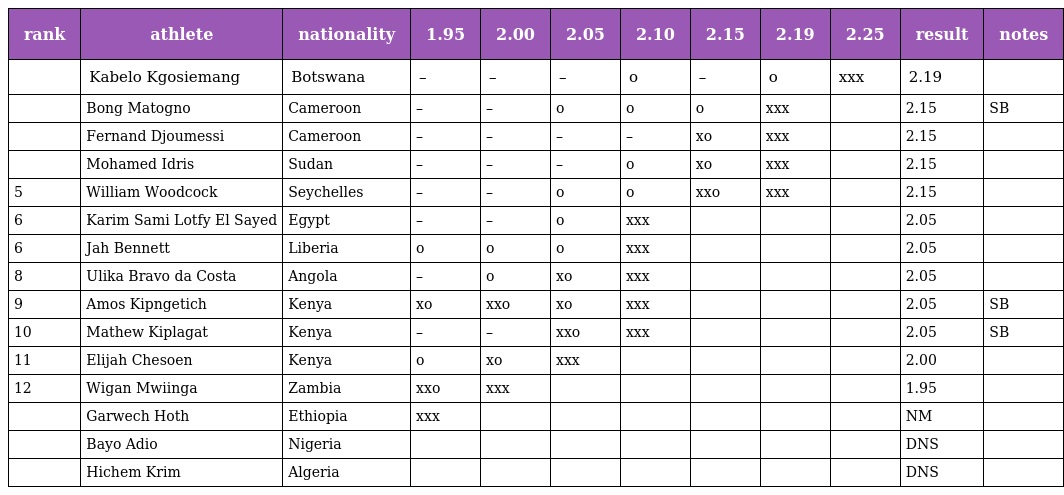
| rank | athlete | nationality | 1.95 | 2.00 | 2.05 | 2.10 | 2.15 | 2.19 | 2.25 | result | notes |
 | --- | --- | --- | --- | --- | --- | --- | --- | --- | --- | --- | --- |
 |  | Kabelo Kgosiemang | Botswana | – | – | – | o | – | o | xxx | 2.19 |  |
 |  | Bong Matogno | Cameroon | – | – | o | o | o | xxx |  | 2.15 | SB |
 |  | Fernand Djoumessi | Cameroon | – | – | – | – | xo | xxx |  | 2.15 |  |
 |  | Mohamed Idris | Sudan | – | – | – | o | xo | xxx |  | 2.15 |  |
 | 5 | William Woodcock | Seychelles | – | – | o | o | xxo | xxx |  | 2.15 |  |
 | 6 | Karim Sami Lotfy El Sayed | Egypt | – | – | o | xxx |  |  |  | 2.05 |  |
 | 6 | Jah Bennett | Liberia | o | o | o | xxx |  |  |  | 2.05 |  |
 | 8 | Ulika Bravo da Costa | Angola | – | o | xo | xxx |  |  |  | 2.05 |  |
 | 9 | Amos Kipngetich | Kenya | xo | xxo | xo | xxx |  |  |  | 2.05 | SB |
 | 10 | Mathew Kiplagat | Kenya | – | – | xxo | xxx |  |  |  | 2.05 | SB |
 | 11 | Elijah Chesoen | Kenya | o | xo | xxx |  |  |  |  | 2.00 |  |
 | 12 | Wigan Mwiinga | Zambia | xxo | xxx |  |  |  |  |  | 1.95 |  |
 |  | Garwech Hoth | Ethiopia | xxx |  |  |  |  |  |  | NM |  |
 |  | Bayo Adio | Nigeria |  |  |  |  |  |  |  | DNS |  |
 |  | Hichem Krim | Algeria |  |  |  |  |  |  |  | DNS |  |